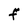
Character: F